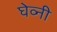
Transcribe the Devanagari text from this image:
घेव्नी